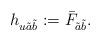
LaTeX: \begin{align*}h_{u\tilde{a}\tilde{b}}:=\bar{F}_{\tilde{a}\tilde{b}}.\end{align*}